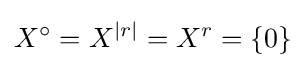
X^{\circ }=X^{|r|}=X^{r}=\{0\}